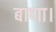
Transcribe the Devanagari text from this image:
बाणा।